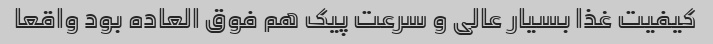
کیفیت غذا بسیار عالی و سرعت پیک هم فوق العاده بود واقعا